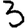
Digit: 3